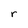
Character: r